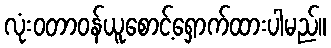
လုံးဝတာဝန်ယူစောင့်ရှောက်ထားပါမည်။